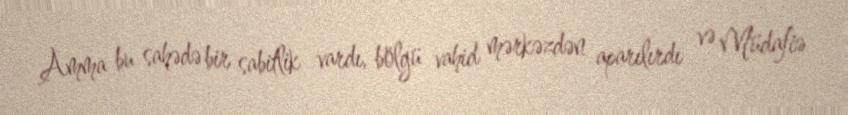
Amma bu sahədə bir sabitlik vardı, bölgü vahid mərkəzdən aparılırdı və Müdafiə